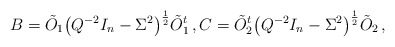
\begin{align*} {}& B = \tilde{O}_1 \bigl( Q^{-2} I_n - \Sigma^2 \bigr)^{\frac 12} \tilde{O}_1^t \,, C = \tilde{O}_2^t \bigl( Q^{-2} I_n - \Sigma^2 \bigr)^{\frac 12} \tilde{O}_2 \,,\end{align*}